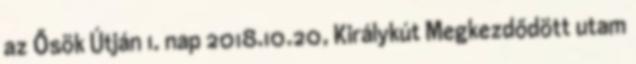
az Ősök Útján 1. nap 2018.10.20, Királykút Megkezdődött utam